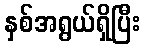
နှစ်အရွယ်ရှိပြီး